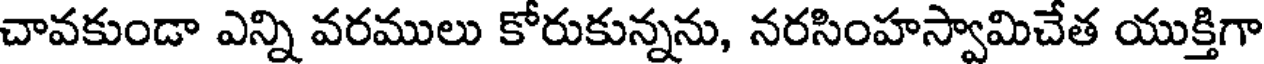
చావకుండా ఎన్ని వరములు కోరుకున్నను, నరసింహస్వామిచేత యుక్తిగా